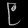
Digit: ၉